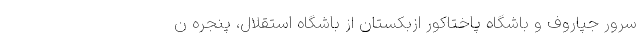
سرور جپاروف و باشگاه پاختاکور ازبکستان از باشگاه استقلال، پنجره ن